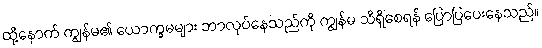
ထို့နောက် ကျွန်မ၏ ယောက္ခမများ ဘာလုပ်နေသည်ကို ကျွန်မ သိရှိစေရန် ပြောပြပေးနေသည်။